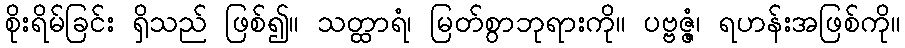
စိုးရိမ်ခြင်း ရှိသည် ဖြစ်၍။ သတ္ထာရံ၊ မြတ်စွာဘုရားကို။ ပဗ္ဗဇ္ဇံ၊ ရဟန်းအဖြစ်ကို။